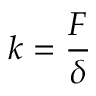
k = { \frac { F } { \delta } }